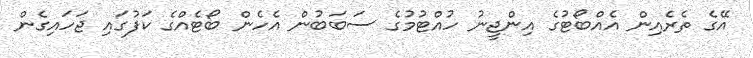
އޭގެ ތެރެއިން އެއްބޯޓުގެ އިންޖީނު ހުއްޓުމުގެ ސަބަބުން އެހެން ބޯޓެއްގެ ކަފުގައި ޖަހައިގެން